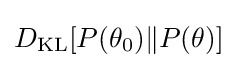
D_{\mathrm {KL} }[P(\theta _{0})\|P(\theta )]